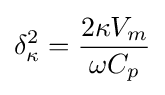
\delta _{\kappa }^{2}={\frac {2\kappa V_{m}}{\omega C_{p}}}